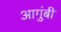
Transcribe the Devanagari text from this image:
आगुंबी